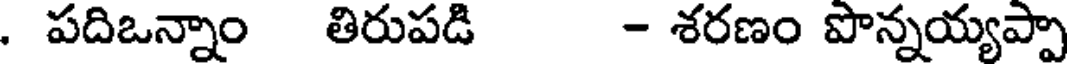
. పదిఒన్నాం తిరుపడి - శరణం పొన్నయ్యప్పా